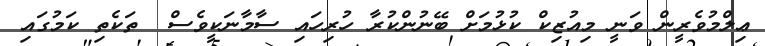
ޢިލްމުވެރީން ވަނީ މިއުޒިކް ކުޅުމަށް ބޭނުންކުރާ ހުރިހައި ސާމާނަކީވެސް  ތަކެތި ކަމުގައި